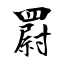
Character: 罻